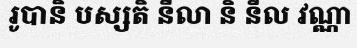
រូបានិ បស្សតិ នីលា និ នីល វណ្ណា